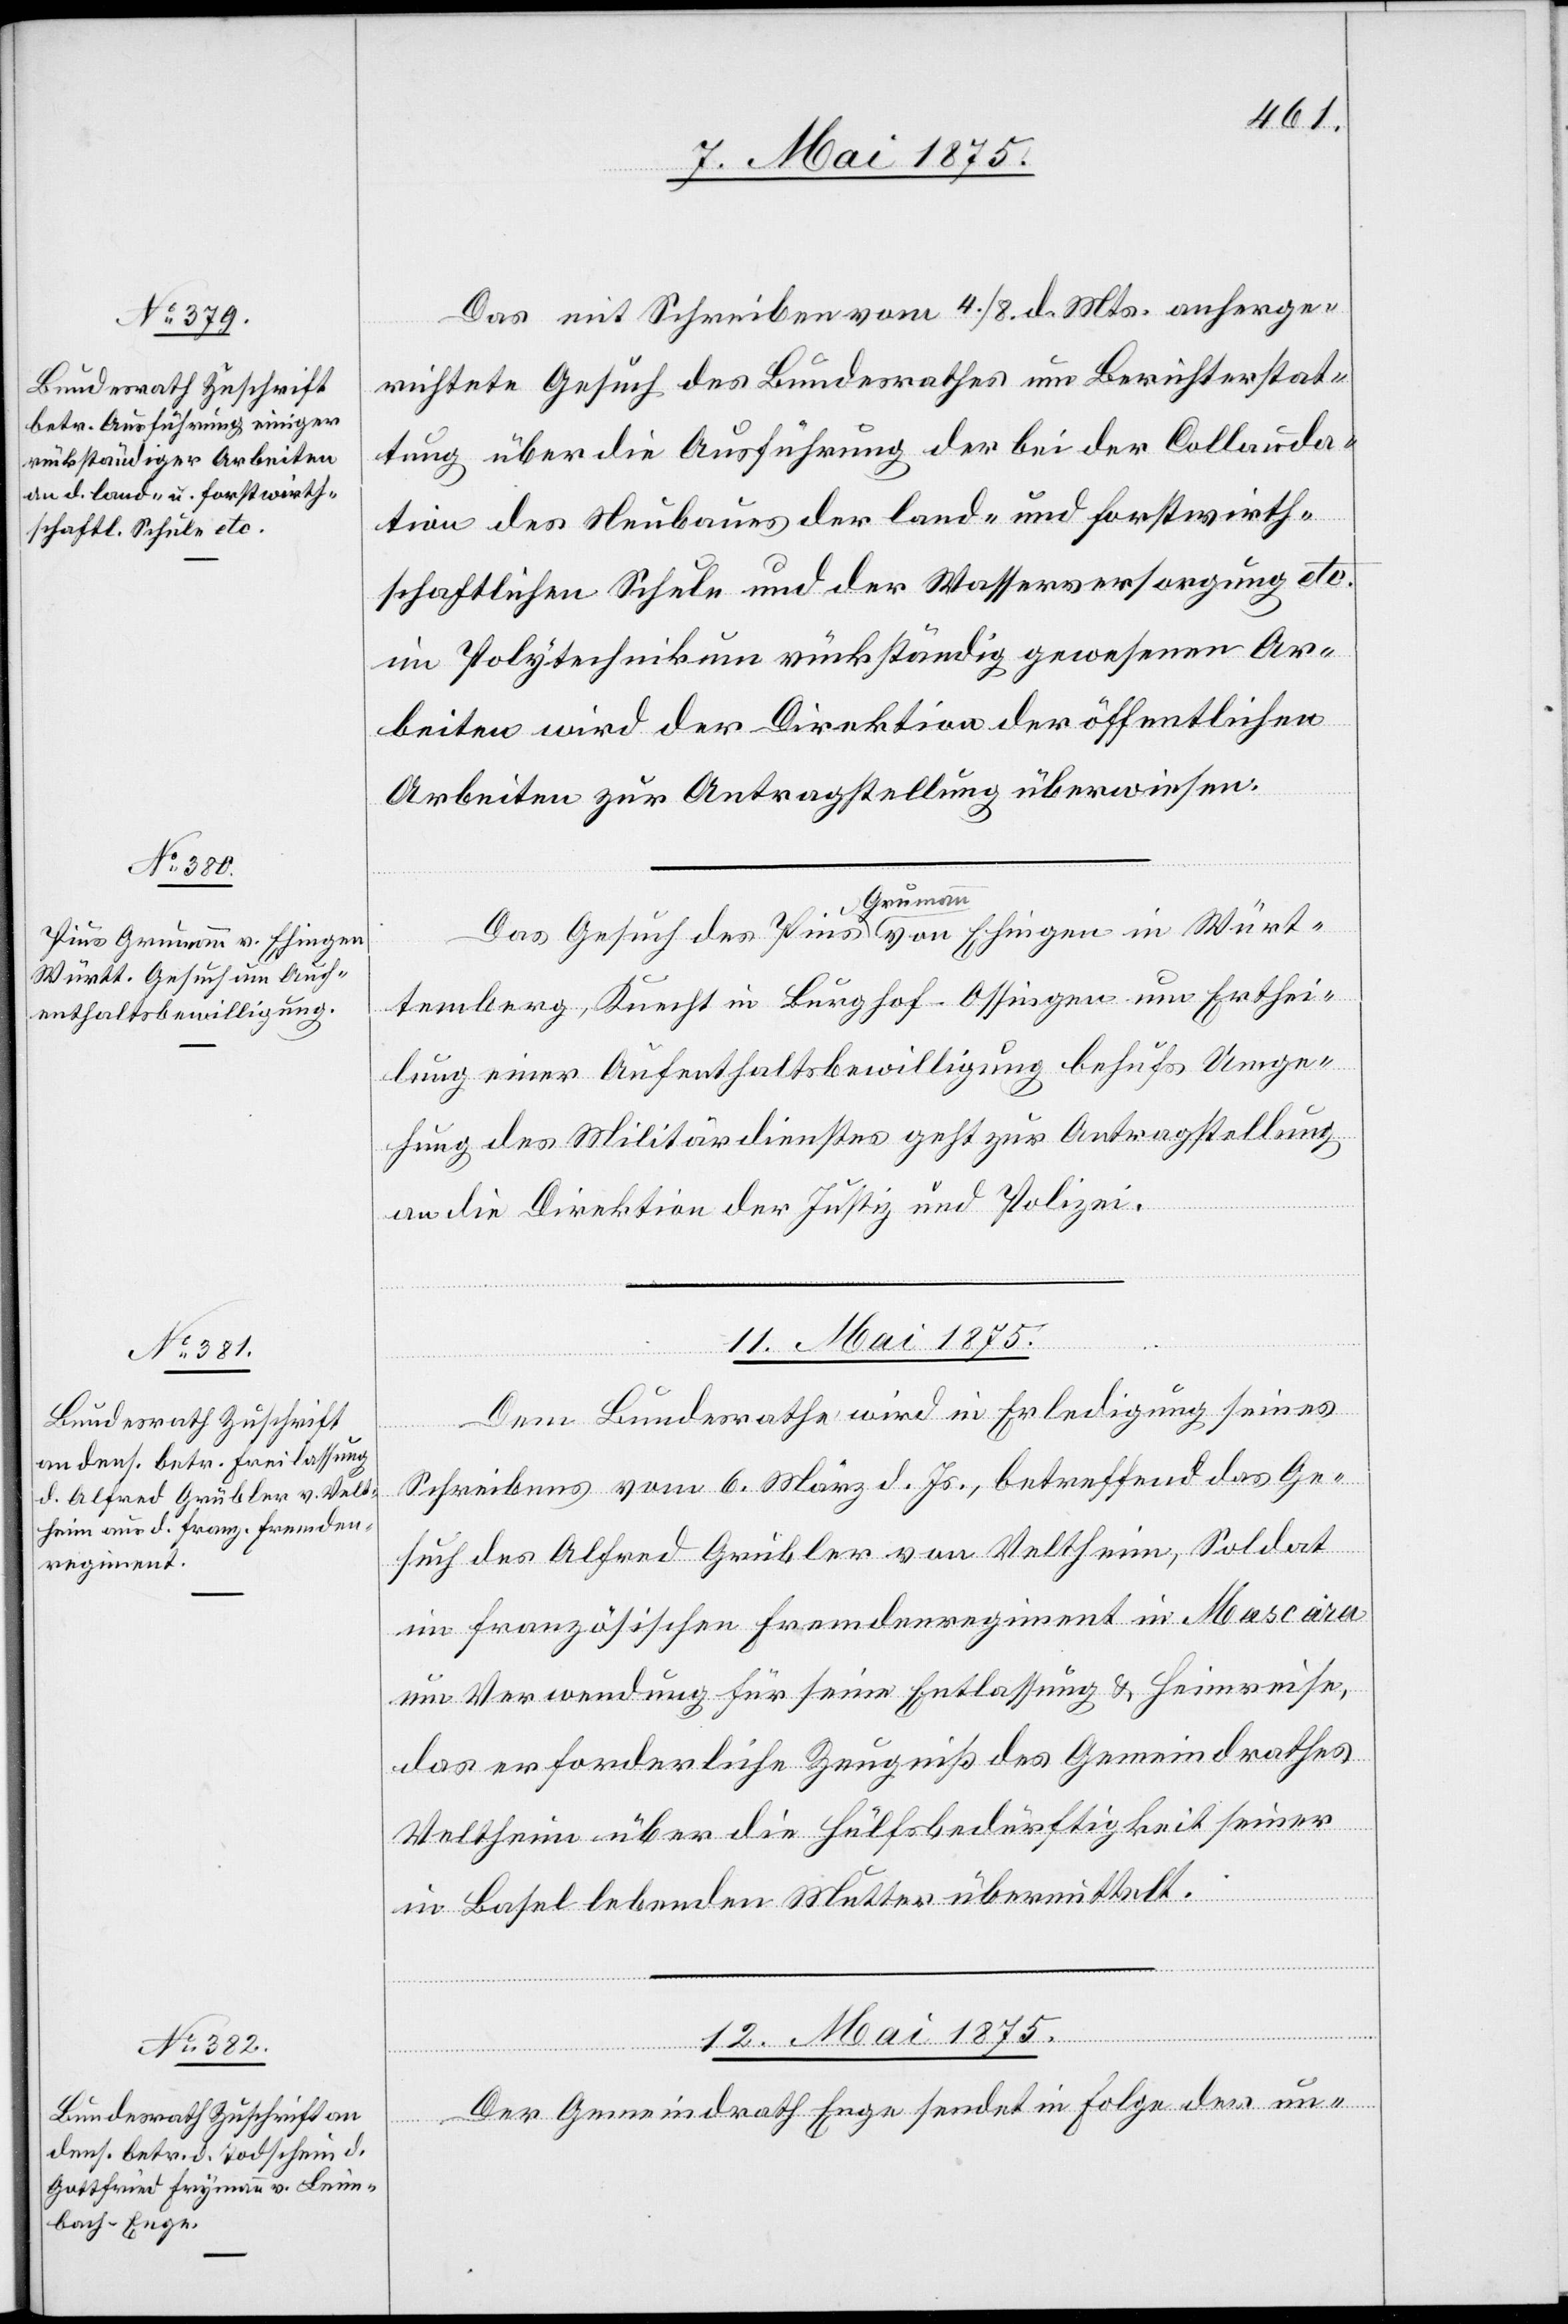
Das mit Schreiben vom 4./8. d. Mts. anherge¬
richtete Gesuch des Bundesrathes um Berichterstat¬
tung über die Ausführung der bei der Collauda¬
tion des Neubaues der land- und forstwirth¬
schaftlichen Schule und der Wasserversorgung etc.
im Polytechnikum rückständig gewesenen Ar¬
beiten wird der Direktion der öffentlichen
Arbeiten zur Antragstellung überwiesen.
a-Gruman¬
temberg, Knecht in Burghof-Ossingen um Erthei¬
lung einer Aufenthaltsbewilligung behufs Umge¬
hung des Militärdienstes geht zur Antragstellung
an die Direktion der Justiz und Polizei.
11. Mai 1875.
in Würt¬
Dem Bundesrathe wird in Erledigung seines
Schreibens vom 6. März d. Js., betreffend das Ge¬
such des Alfred Grübler von Veltheim, Soldat
im französischen Fremdenregiment in Mascara
um Verwendung für seine Entlassung & Heimreise,
das erforderliche Zeugniß des Gemeindrathes
Veltheim über die Hülfsbedürftigkeit seiner
in Basel lebenden Mutter übermittelt.
von
12. Mai 1875.
Der Gemeindrath Enge sendet in Folge der un-